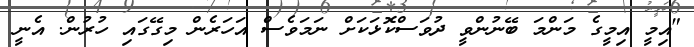
"އިމީ އިމީގެ މަންމަ ބޭނުންވީ ދުވަސްކޮޅަކަށް ނަމަވެސް އަހަރެން މިގޭގައި ހުރުން. އެނީ